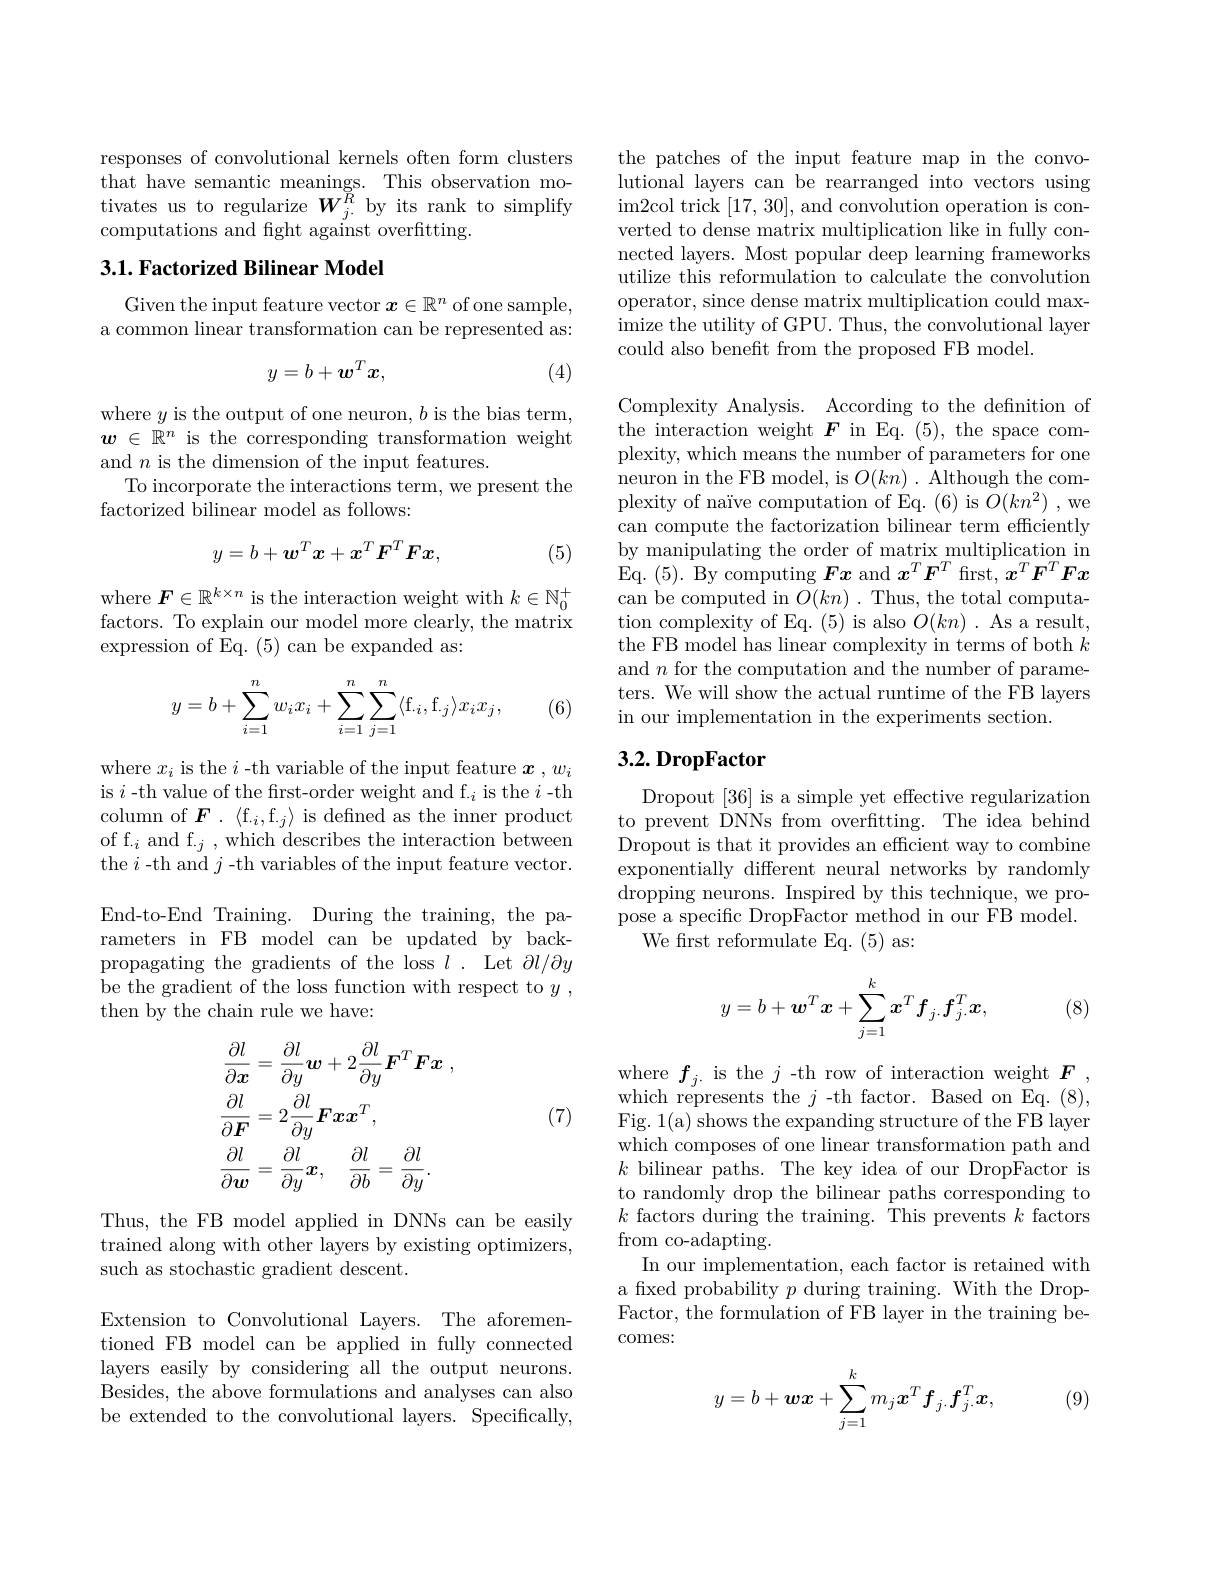
responses of convolutional kernels often form clusters that have semantic meanings. This observation motivates us to regularize $W_{j.}^{R}$ by its rank to simplify computations and fight against overfitting.

## 3.1. Factorized Bilinear Model

Given the input feature vector $x\in\mathbb{R}^n$ of one sample, a common linear transformation can be represented as:
$$y=b+w^Tx,$$
(4)

where $y$ is the output of one neuron, $b$ is the bias term, $w\in\mathbb{R}^n$ is the corresponding transformation weight and $n$ is the dimension of the input features.
To incorporate the interactions term, we present the
factorized bilinear model as follows:
$$y=b+\boldsymbol{w}^T\boldsymbol{x}+x^T\boldsymbol{F}^T\boldsymbol{F}\boldsymbol{x},$$
(5)

where $\boldsymbol{F}\in\mathbb{R}^{k\times n}$ is the interaction weight with $k\in\mathbb{N}_0^+$ factors. To explain our model more clearly, the matrix expression of Eq. (5) can be expanded as:
$$\begin{aligned}y=b+\sum_{i=1}^nw_ix_i+\sum_{i=1}^n\sum_{j=1}^n\langle\mathrm{f}_{\cdot i},\mathrm{f}_{\cdot j}\rangle x_ix_j,\end{aligned}$$
(6)

where $x_i$ is the $i$ -th variable of the input feature $\boldsymbol x,w_i$ is $i$ -th value of the frst-order weight and f.$_i$ is the $i$-th column of $\boldsymbol{F}.\mathrm{~\langle f.}_i$,f.$j\rangle$ is defined as the inner product of f.$_i$and f.$_j$,which describes the interaction between the $i$ -th and $j$ -th variables of the input feature vector. End-to-End Training. During the training, the parameters in FB model can be updated by backpropagating the gradients of the loss $l.$ Let $\partial l/\partial y$ be the gradient of the loss function with respect to $y$ , then by the chain rule we have:
$$\begin{aligned}&\frac{\partial l}{\partial\boldsymbol{x}}=\frac{\partial l}{\partial y}\boldsymbol{w}+2\frac{\partial l}{\partial y}\boldsymbol{F}^{T}\boldsymbol{F}\boldsymbol{x}\:,\\&\frac{\partial l}{\partial\boldsymbol{F}}=2\frac{\partial l}{\partial y}\boldsymbol{F}\boldsymbol{x}\boldsymbol{x}^{T},\\&\frac{\partial l}{\partial\boldsymbol{w}}=\frac{\partial l}{\partial y}\boldsymbol{x},\quad\frac{\partial l}{\partial b}=\frac{\partial l}{\partial y}.\end{aligned}$$
(7)

Thus, the FB model applied in DNNs can be easily trained along with other layers by existing optimizers, such as stochastic gradient descent.

Extension to Convolutional Layers. The aforementioned FB model can be applied in fully connected layers easily by considering all the output neurons. Besides, the above formulations and analyses can also be extended to the convolutional layers. Specifically,

the patches of the input feature map in the convolutional layers can be rearranged into vectors using im2col trick [17,30],and convolution operation is converted to dense matrix multiplication like in fully connected layers. Most popular deep learning frameworks utilize this reformulation to calculate the convolution operator, since dense matrix multiplication could maximize the utility of GPU. Thus, the convolutional layer could also benefit from the proposed FB model.

Complexity Analysis. According to the defnition of the interaction weight $\boldsymbol F$ in Eq.(5), the space complexity, which means the number of parameters for one neuron in the FB model, is $O(kn).$ Although the complexity of naïve computation of Eq. (6) is $\bar{O}(kn^{2})$ ,we can compute the factorization bilinear term efficiently by manipulating the order of matrix multiplication in Eq. (5). By computing $Fx$ and $x^T\boldsymbol{F}^T$ first, $x^T\boldsymbol{F}^T\boldsymbol{F}x$ can be computed in $O(kn).$ Thus, the total computation complexity of Eq. (5) is also $O(kn)$ . As a result, the FB model has linear complexity in terms of both $k$ and $n$ for the computation and the number of parameters. We will show the actual runtime of the FB layers in our implementation in the experiments section.

## 3.2. DropFactor

Dropout [36] is a simple yet effective regularization to prevent DNNs from overfitting. The idea behind Dropout is that it provides an efficient way to combine exponentially different neural networks by randomly dropping neurons. Inspired by this technique, we propose a specific DropFactor method in our FB model.
We first reformulate Eq. (5) as:
$$y=b+\boldsymbol{w}^T\boldsymbol{x}+\sum_{j=1}^k\boldsymbol{x}^T\boldsymbol{f}_{j\cdot}\boldsymbol{f}_{j\cdot}^T\boldsymbol{x},$$
(8)

where $f_{j.}$ is the $j$ -th row of interaction weight $F$, which represents the $j$-th factor. Based on Eq. (8), Fig. 1(a) shows the expanding structure of the FB layer which composes of one linear transformation path and $k$ bilinear paths. The key idea of our DropFactor is to randomly drop the bilinear paths corresponding to $k$ factors during the training. This prevents $k$ factors from co-adapting.
In our implementation, each factor is retained with a fixed probability $p$ during training. With the DropFactor, the formulation of FB layer in the training becomes:

(9)
$$y=b+\boldsymbol{w}\boldsymbol{x}+\sum_{j=1}^km_j\boldsymbol{x}^Tf_{j\cdot}f_{j\cdot}^T\boldsymbol{x},$$